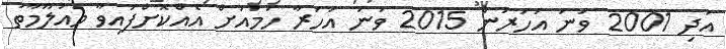
އަދި 2001 ވަނަ އަހަރުން 2015 ވަނަ އަހަރާ ހަމައަށް އެއްކޮށްފައިވާ މައުލޫމާތު